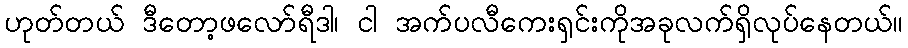
ဟုတ်တယ် ဒီတော့ဖလော်ရီဒါ၊ ငါ အက်ပလီကေးရှင်းကိုအခုလက်ရှိလုပ်နေတယ်။